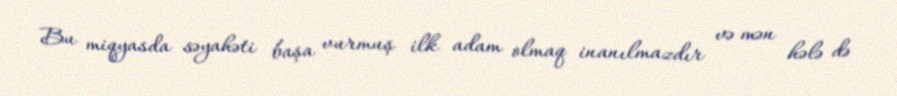
Bu miqyasda səyahəti başa vurmuş ilk adam olmaq inanılmazdır və mən hələ də